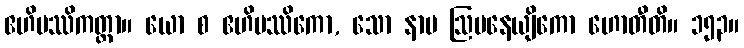
ဧဟိပဿိကတ္တာ။ ယော စ ဧဟိပဿိကော, သော နာမ ဩပနေယျိကော ဟောတီတိ။ ၁၅၃။